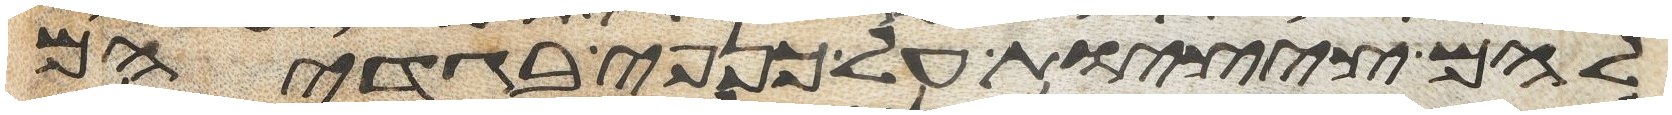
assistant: להם ציצות על כנפי בגדיהם